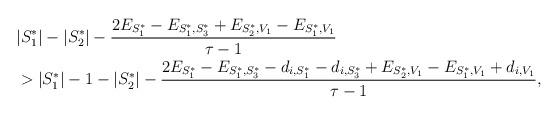
LaTeX: \begin{align*}\begin{aligned}[b]&|S_1^*|-|S_2^*|-\frac{2E_{S_1^*}-E_{S_1^*,S_3^*}+E_{S_2^*,V_1}-E_{S_1^*,V_1}}{\tau-1}\\&>|S_1^*|-1-|S_2^*|-\frac{2E_{S_1^*}-E_{S_1^*,S_3^*}-d_{i,S_1^*}-d_{i,S_3^*}+E_{S_2^*,V_1}-E_{S_1^*,V_1}+d_{i,V_1}}{\tau-1},\end{aligned}\end{align*}